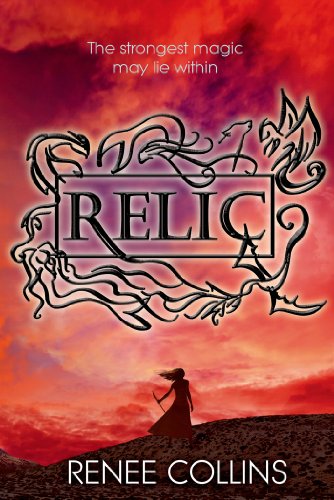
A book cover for Relic (A Relic Novel); Renee Collins; Teen & Young Adult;